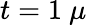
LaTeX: t=1~\mu